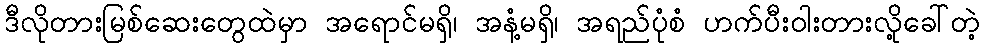
ဒီလိုတားမြစ်ဆေးတွေထဲမှာ အရောင်မရှိ၊ အနံ့မရှိ၊ အရည်ပုံစံ ဟက်ပီးဝါးတားလို့ခေါ်တဲ့